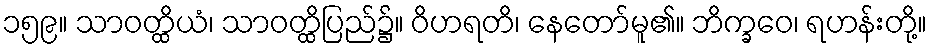
၁၅၉။ သာဝတ္ထိယံ၊ သာဝတ္ထိပြည်၌။ ဝိဟရတိ၊ နေတော်မူ၏။ ဘိက္ခဝေ၊ ရဟန်းတို့။